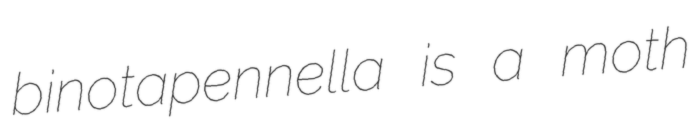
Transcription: binotapennella is a moth